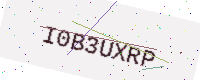
Text: I0B3UXRP